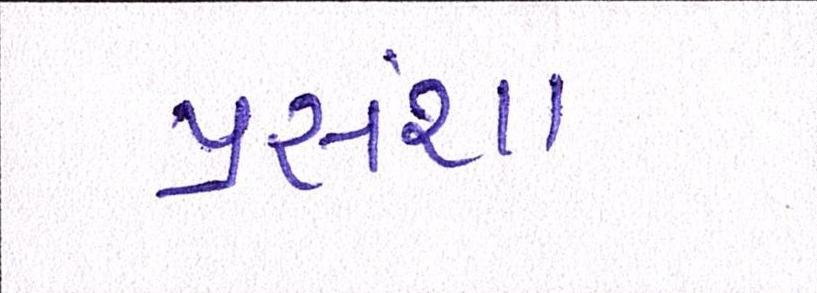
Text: પ્રસંશા